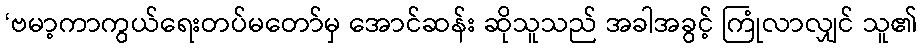
‘ဗမာ့ကာကွယ်ရေးတပ်မတော်မှ အောင်ဆန်း ဆိုသူသည် အခါအခွင့် ကြုံလာလျှင် သူ၏